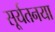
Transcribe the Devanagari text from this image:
सूर्यतनया